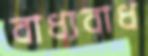
বাধ্যবাধ